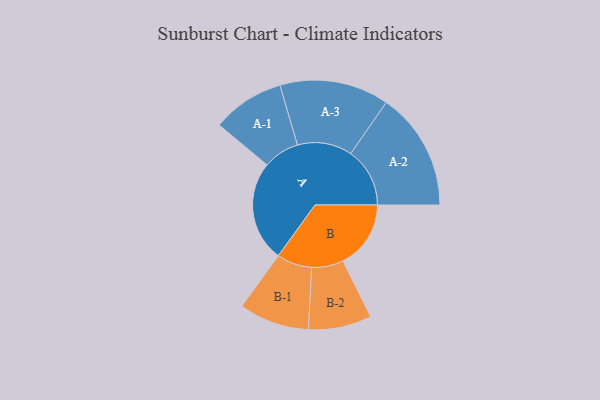
{"axis": {"x": "Segment", "y": "Value"}, "legend": ["", "A", "B"], "data": [{"x": "A", "y": 500, "type": ""}, {"x": "B", "y": 338, "type": ""}, {"x": "A-1", "y": 180, "type": "A"}, {"x": "A-2", "y": 294, "type": "A"}, {"x": "A-3", "y": 272, "type": "A"}, {"x": "B-1", "y": 175, "type": "B"}, {"x": "B-2", "y": 157, "type": "B"}]}